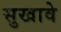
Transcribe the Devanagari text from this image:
सुखावे